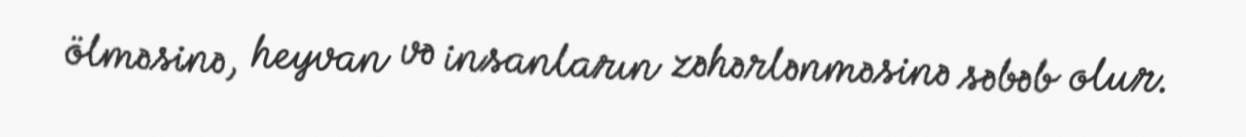
ölməsinə, heyvan və insanların zəhərlənməsinə səbəb olur.